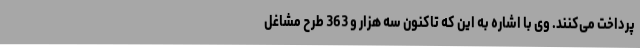
پرداخت می‌کنند. وی با اشاره به این که تاکنون سه هزار و 363 طرح مشاغل